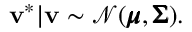
\mathbf { v } ^ { * } | { \mathbf { v } } \sim \mathcal { N } ( { \pmb { \mu } } , { \pmb { \Sigma } } ) .